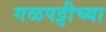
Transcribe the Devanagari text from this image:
गळपट्टीच्या